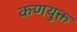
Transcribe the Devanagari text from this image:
कणयुक्त